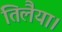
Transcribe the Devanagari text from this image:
तिलैया।